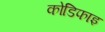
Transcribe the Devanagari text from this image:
कोडिफाइ